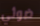
ضوئي